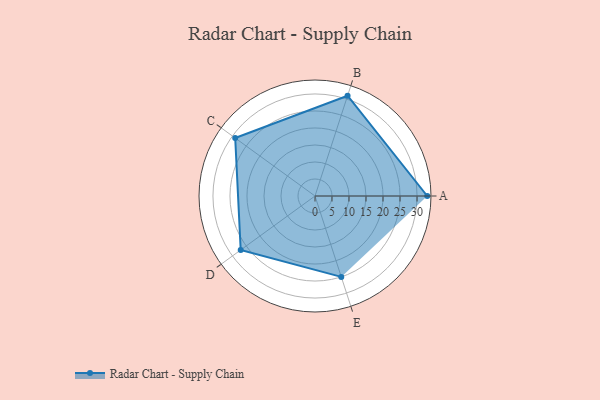
{"axis": {"x": "Skill", "y": "Score"}, "legend": ["Profile"], "data": [{"x": "A", "y": 33.0, "type": "Profile"}, {"x": "B", "y": 31.0, "type": "Profile"}, {"x": "C", "y": 29.0, "type": "Profile"}, {"x": "D", "y": 27.0, "type": "Profile"}, {"x": "E", "y": 25.0, "type": "Profile"}]}